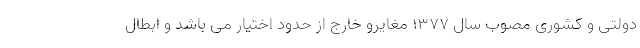
دولتی و کشوری مصوب سال ۱۳۷۷ مغایرو خارج از حدود اختیار می باشد و ابطال